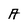
Character: A